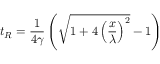
t _ { R } = \frac { 1 } { 4 \gamma } \left( \sqrt { 1 + 4 \left( \frac { x } { \lambda } \right) ^ { 2 } } - 1 \right)